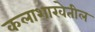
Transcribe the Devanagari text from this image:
कलाशाखेतील